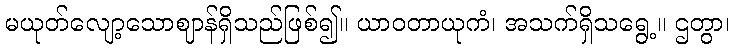
မယုတ်လျော့သောဈာန်ရှိသည်ဖြစ်၍။ ယာဝတာယုကံ၊ အသက်ရှိသရွေ့။ ဌတွာ၊